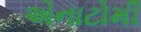
એનાટોમી